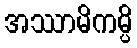
အဿာမိကမ္ပိ